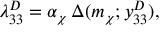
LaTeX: \lambda _ { 3 3 } ^ { D } = \alpha _ { \chi } \, \Delta ( m _ { \chi } ; y _ { 3 3 } ^ { D } ) ,